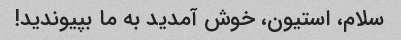
سلام، استیون، خوش آمدید به ما بپیوندید!